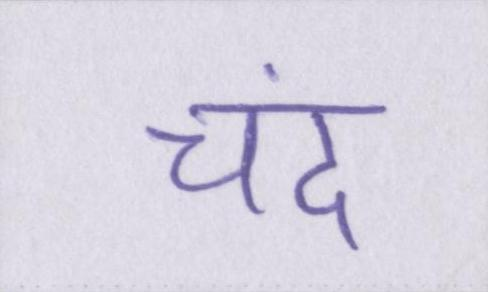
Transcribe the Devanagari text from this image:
चंद